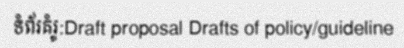
ទំព័រគំរូ:Draft proposal Drafts of policy/guideline